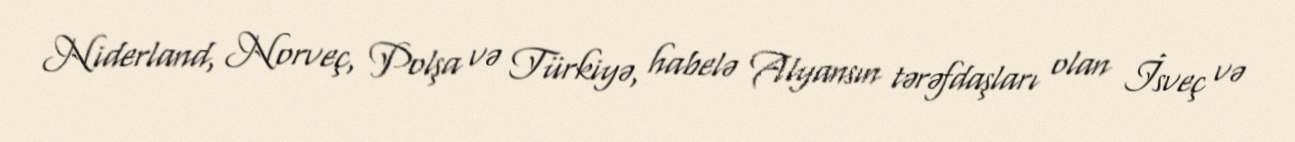
Niderland, Norveç, Polşa və Türkiyə, habelə Alyansın tərəfdaşları olan İsveç və